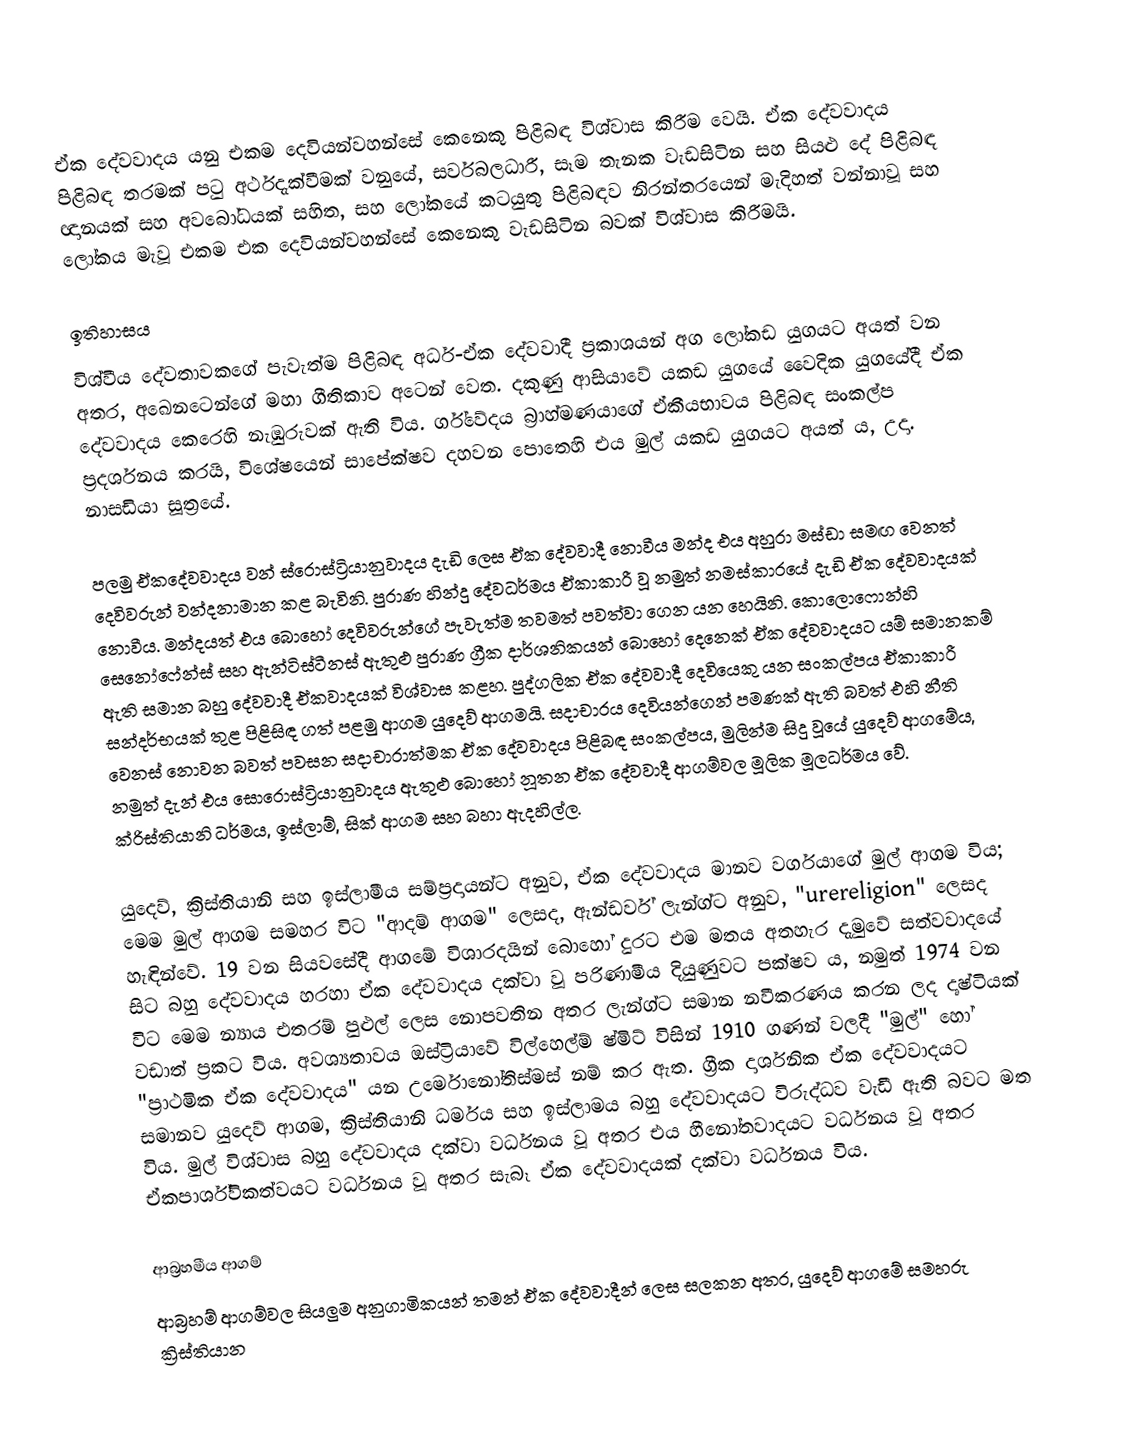
ඒක දේවවාදය යනු එකම දෙවියන්වහන්සේ කෙනෙකු පිළිබඳ විශ්වාස කිරීම වෙයි. ඒක දේවවාදය පිළිබඳ තරමක් පටු අර්ථදැක්වීමක් වනුයේ,  සර්වබලධාරී, සෑම තැනක වැඩසිටින සහ  සියළු දේ පිළිබඳ ඥානයක් සහ අවබෝධයක් සහිත, සහ ලෝකයේ කටයුතු පිළිබඳව නිරන්තරයෙන් මැදිහත් වන්නාවූ සහ ලෝකය මැවූ එකම එක දෙවියන්වහන්සේ කෙනෙකු  වැඩසිටින බවක් විශ්වාස කිරීමයි.

ඉතිහාසය
විශ්වීය දේවතාවකගේ පැවැත්ම පිළිබඳ අර්ධ-ඒක දේවවාදී ප්‍රකාශයන් අග ලෝකඩ යුගයට අයත් වන අතර, අඛෙනටෙන්ගේ මහා ගීතිකාව අටෙන් වෙත. දකුණු ආසියාවේ යකඩ යුගයේ වෛදික යුගයේදී ඒක දේවවාදය කෙරෙහි නැඹුරුවක් ඇති විය. ර්ග්වේදය බ්‍රාහ්මණයාගේ ඒකීයභාවය පිළිබඳ සංකල්ප ප්‍රදර්ශනය කරයි, විශේෂයෙන් සාපේක්ෂව දහවන පොතෙහි  එය මුල් යකඩ යුගයට අයත් ය, උදා. නාසඩියා සූත්‍රයේ.

පලමු ඒකදේවවාදය වන් ස්රොස්ට්‍රියානුවාදය දැඩි ලෙස ඒක දේවවාදී නොවීය මන්ද එය අහුරා මස්ඩා සමඟ වෙනත් දෙවිවරුන්  වන්දනාමාන කළ බැවිනි. පුරාණ හින්දු දේවධර්මය ඒකාකාරී වූ නමුත් නමස්කාරයේ දැඩි ඒක දේවවාදයක් නොවීය. මන්දයත් එය බොහෝ දෙවිවරුන්ගේ පැවැත්ම තවමත් පවත්වා ගෙන යන හෙයිනි. කොලොෆොන්හි සෙනෝෆේන්ස් සහ ඇන්ටිස්ටීනස් ඇතුළු පුරාණ ග්‍රීක දාර්ශනිකයන් බොහෝ දෙනෙක් ඒක දේවවාදයට යම් සමානකම් ඇති සමාන බහු දේවවාදී ඒකවාදයක් විශ්වාස කළහ.  පුද්ගලික ඒක දේවවාදී දෙවියෙකු යන සංකල්පය ඒකාකාරී සන්දර්භයක් තුළ පිළිසිඳ ගත් පළමු ආගම යුදෙව් ආගමයි.  සදාචාරය දෙවියන්ගෙන් පමණක් ඇති බවත් එහි නීති වෙනස් නොවන බවත් පවසන සදාචාරාත්මක ඒක දේවවාදය පිළිබඳ සංකල්පය, මුලින්ම සිදු වූයේ යුදෙව් ආගමේය, නමුත් දැන් එය සොරොස්ට්‍රියානුවාදය ඇතුළු බොහෝ නූතන ඒක දේවවාදී ආගම්වල මූලික මූලධර්මය වේ. ක්රිස්තියානි ධර්මය, ඉස්ලාම්, සික් ආගම සහ බහා ඇදහිල්ල.

යුදෙව්, ක්‍රිස්තියානි සහ ඉස්ලාමීය සම්ප්‍රදායන්ට අනුව, ඒක දේවවාදය මානව වර්ගයාගේ මුල් ආගම විය; මෙම මුල් ආගම සමහර විට "ආදම් ආගම" ලෙසද, ඇන්ඩර්ව් ලැන්ග්ට අනුව, "urereligion" ලෙසද හැඳින්වේ. 19 වන සියවසේදී ආගමේ විශාරදයින් බොහෝ දුරට එම මතය අතහැර දැමුවේ සත්වවාදයේ සිට බහු දේවවාදය හරහා ඒක දේවවාදය දක්වා වූ පරිණාමීය දියුණුවට පක්ෂව ය, නමුත් 1974 වන විට මෙම න්‍යාය එතරම් පුළුල් ලෙස නොපවතින අතර ලැන්ග්ට සමාන නවීකරණය කරන ලද දෘෂ්ටියක් වඩාත් ප්‍රකට විය. අවශ්‍යතාවය ඔස්ට්‍රියාවේ විල්හෙල්ම් ෂ්මිට් විසින් 1910 ගණන් වලදී "මුල්" හෝ "ප්‍රාථමික ඒක දේවවාදය" යන උර්මොනෝතිස්මස් නම් කර ඇත. ග්‍රීක දාර්ශනික ඒක දේවවාදයට සමානව යුදෙව් ආගම, ක්‍රිස්තියානි ධර්මය සහ ඉස්ලාමය බහු දේවවාදයට විරුද්ධව වැඩී ඇති බවට මත  විය. මුල් විශ්වාස  බහු දේවවාදය දක්වා වර්ධනය වූ අතර එය හීනෝතවාදයට වර්ධනය වූ අතර ඒකපාර්ශ්විකත්වයට වර්ධනය වූ අතර සැබෑ ඒක දේවවාදයක් දක්වා වර්ධනය විය.

ආබ්‍රහමීය ආගම්
ආබ්‍රහම් ආගම්වල සියලුම අනුගාමිකයන් තමන් ඒක දේවවාදීන් ලෙස සලකන අතර, යුදෙව් ආගමේ සමහරු ක්‍රිස්තියාන